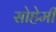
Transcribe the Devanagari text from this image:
सोहेमी